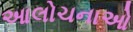
આલોચનાઓ